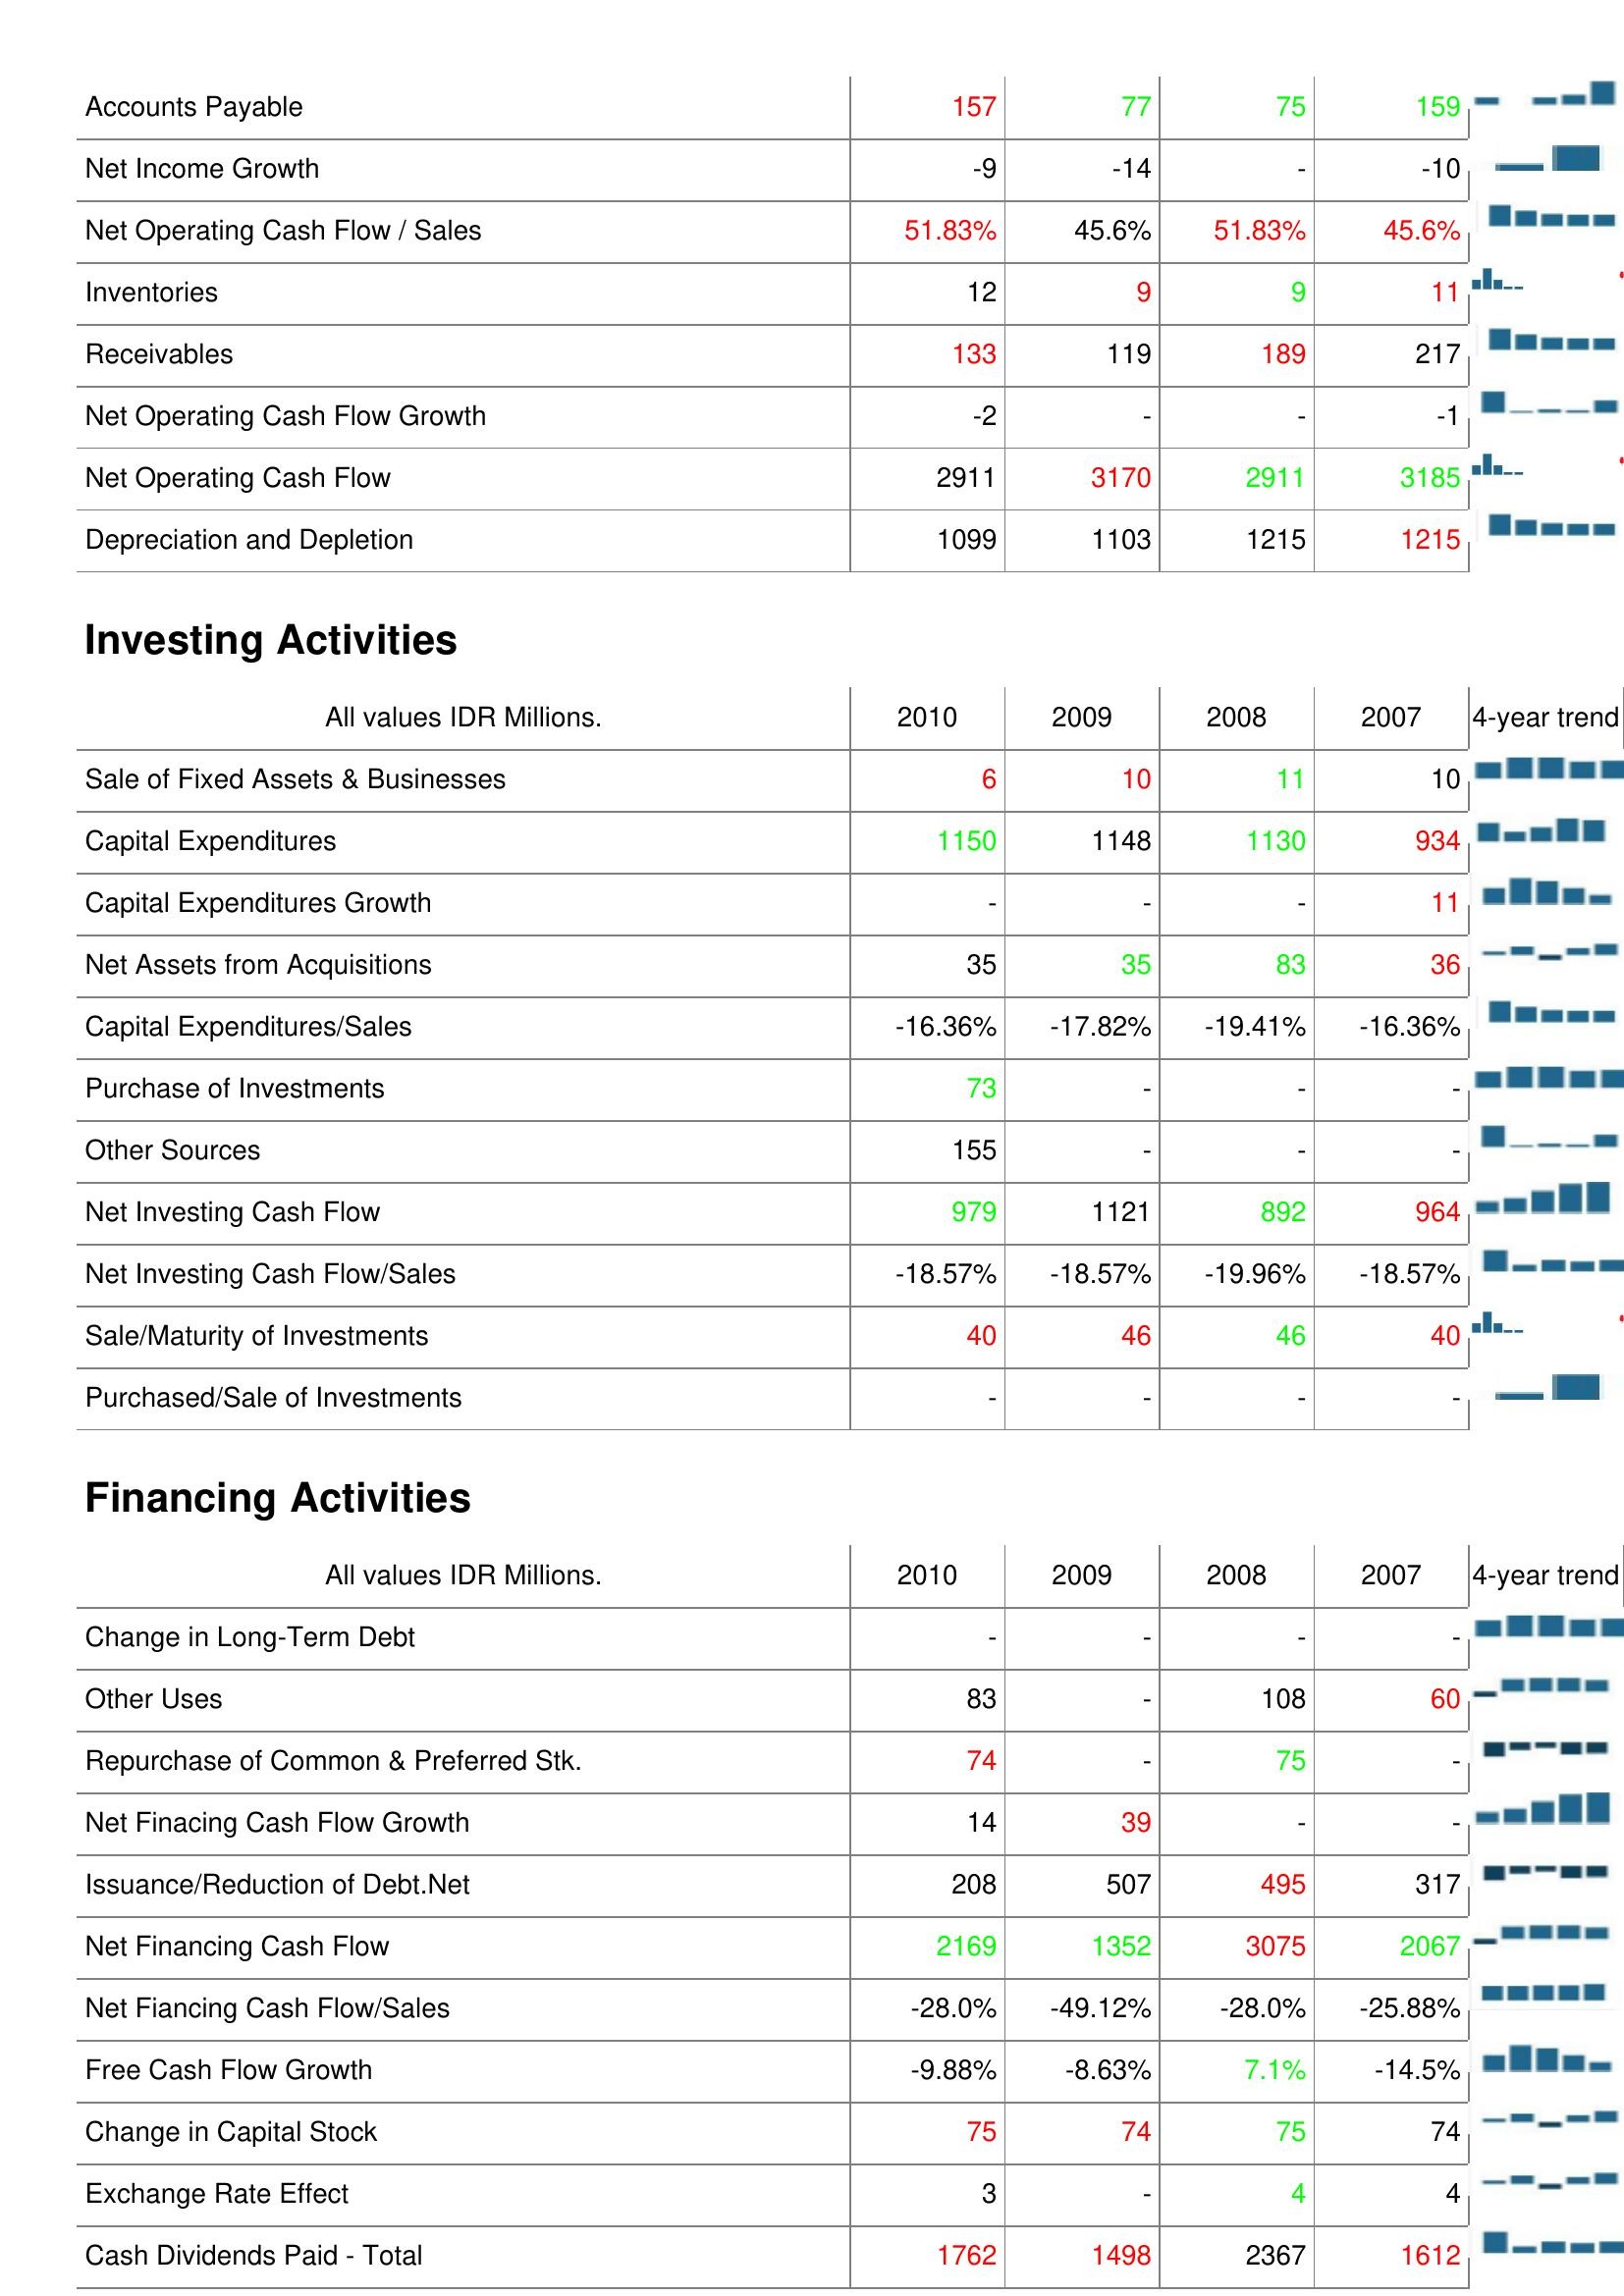
2010: Operating Activities: Accounts Payable: 157
Net Income Growth: -9
Net Operating Cash Flow / Sales: 51.83%
Inventories: 12
Receivables: 133
Net Operating Cash Flow Growth: -2
Net Operating Cash Flow: 2911
Depreciation and Depletion: 1099
Investing Activities: Sale of Fixed Assets & Businesses: 6
Capital Expenditures: 1150
Capital Expenditures Growth: -
Net Assets from Acquisitions: 35
Capital Expenditures/Sales: -16.36%
Purchase of Investments: 73
Other Sources: 155
Net Investing Cash Flow: 979
Net Investing Cash Flow/Sales: -18.57%
Sale/Maturity of Investments: 40
Purchased/Sale of Investments: -
Financing Activities: Change in Long-Term Debt: -
Other Uses: 83
Repurchase of Common & Preferred Stk.: 74
Net Finacing Cash Flow Growth: 14
Issuance/Reduction of Debt.Net: 208
Net Financing Cash Flow: 2169
Net Fiancing Cash Flow/Sales: -28.0%
Free Cash Flow Growth: -9.88%
Change in Capital Stock: 75
Exchange Rate Effect: 3
Cash Dividends Paid - Total: 1762
2009: Operating Activities: Accounts Payable: 77
Net Income Growth: -14
Net Operating Cash Flow / Sales: 45.6%
Inventories: 9
Receivables: 119
Net Operating Cash Flow Growth: -
Net Operating Cash Flow: 3170
Depreciation and Depletion: 1103
Investing Activities: Sale of Fixed Assets & Businesses: 10
Capital Expenditures: 1148
Capital Expenditures Growth: -
Net Assets from Acquisitions: 35
Capital Expenditures/Sales: -17.82%
Purchase of Investments: -
Other Sources: -
Net Investing Cash Flow: 1121
Net Investing Cash Flow/Sales: -18.57%
Sale/Maturity of Investments: 46
Purchased/Sale of Investments: -
Financing Activities: Change in Long-Term Debt: -
Other Uses: -
Repurchase of Common & Preferred Stk.: -
Net Finacing Cash Flow Growth: 39
Issuance/Reduction of Debt.Net: 507
Net Financing Cash Flow: 1352
Net Fiancing Cash Flow/Sales: -49.12%
Free Cash Flow Growth: -8.63%
Change in Capital Stock: 74
Exchange Rate Effect: -
Cash Dividends Paid - Total: 1498
2008: Operating Activities: Accounts Payable: 75
Net Income Growth: -
Net Operating Cash Flow / Sales: 51.83%
Inventories: 9
Receivables: 189
Net Operating Cash Flow Growth: -
Net Operating Cash Flow: 2911
Depreciation and Depletion: 1215
Investing Activities: Sale of Fixed Assets & Businesses: 11
Capital Expenditures: 1130
Capital Expenditures Growth: -
Net Assets from Acquisitions: 83
Capital Expenditures/Sales: -19.41%
Purchase of Investments: -
Other Sources: -
Net Investing Cash Flow: 892
Net Investing Cash Flow/Sales: -19.96%
Sale/Maturity of Investments: 46
Purchased/Sale of Investments: -
Financing Activities: Change in Long-Term Debt: -
Other Uses: 108
Repurchase of Common & Preferred Stk.: 75
Net Finacing Cash Flow Growth: -
Issuance/Reduction of Debt.Net: 495
Net Financing Cash Flow: 3075
Net Fiancing Cash Flow/Sales: -28.0%
Free Cash Flow Growth: 7.1%
Change in Capital Stock: 75
Exchange Rate Effect: 4
Cash Dividends Paid - Total: 2367
2007: Operating Activities: Accounts Payable: 159
Net Income Growth: -10
Net Operating Cash Flow / Sales: 45.6%
Inventories: 11
Receivables: 217
Net Operating Cash Flow Growth: -1
Net Operating Cash Flow: 3185
Depreciation and Depletion: 1215
Investing Activities: Sale of Fixed Assets & Businesses: 10
Capital Expenditures: 934
Capital Expenditures Growth: 11
Net Assets from Acquisitions: 36
Capital Expenditures/Sales: -16.36%
Purchase of Investments: -
Other Sources: -
Net Investing Cash Flow: 964
Net Investing Cash Flow/Sales: -18.57%
Sale/Maturity of Investments: 40
Purchased/Sale of Investments: -
Financing Activities: Change in Long-Term Debt: -
Other Uses: 60
Repurchase of Common & Preferred Stk.: -
Net Finacing Cash Flow Growth: -
Issuance/Reduction of Debt.Net: 317
Net Financing Cash Flow: 2067
Net Fiancing Cash Flow/Sales: -25.88%
Free Cash Flow Growth: -14.5%
Change in Capital Stock: 74
Exchange Rate Effect: 4
Cash Dividends Paid - Total: 1612